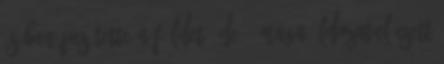
és benépesítette a Földet, de ő maga áldozatul esett